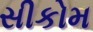
સીકોમ